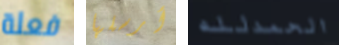
فعلة أرسلها الحمدلله